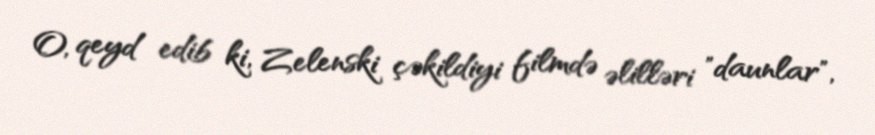
O, qeyd edib ki, Zelenski çəkildiyi filmdə əlilləri "daunlar",